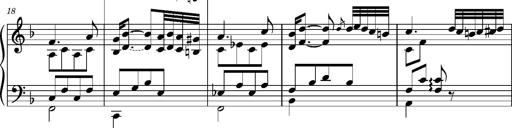
Title: Ungarischer Romanzero
Composer: Franz Liszt